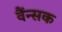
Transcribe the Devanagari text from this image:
वैंन्सक